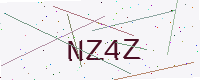
Text: NZ4Z